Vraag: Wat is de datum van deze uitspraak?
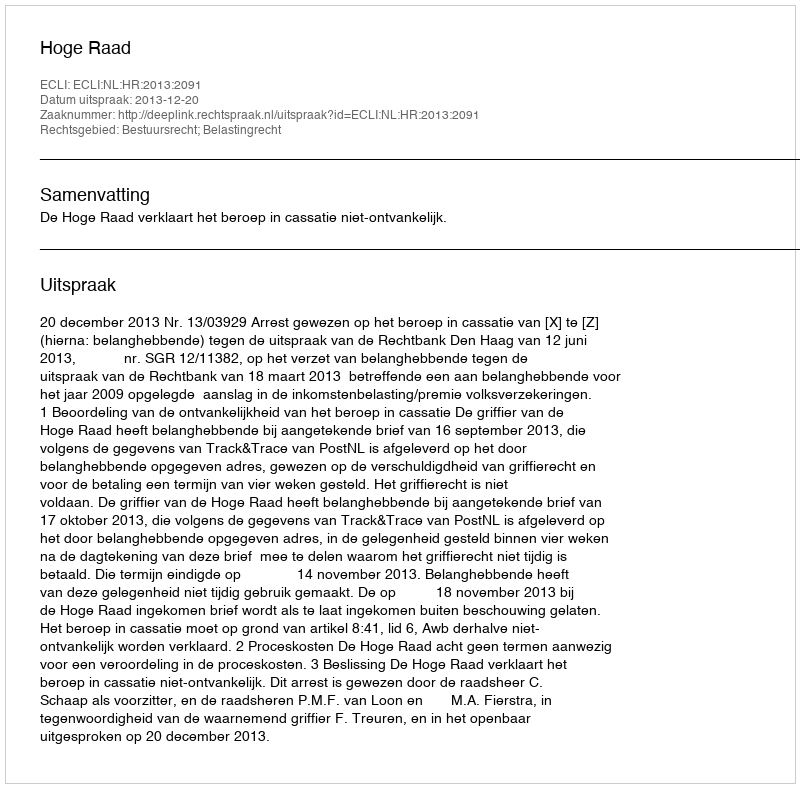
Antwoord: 2013-12-20